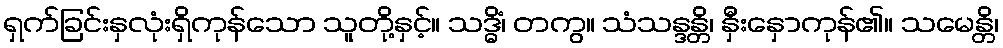
ရှက်ခြင်းနှလုံးရှိကုန်သော သူတို့နှင့်။ သဒ္ဓိံ၊ တကွ။ သံသန္ဒန္တိ၊ နှီးနှောကုန်၏။ သမေန္တိ၊